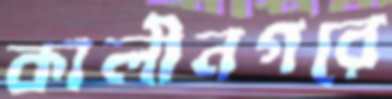
কালীনগরে